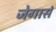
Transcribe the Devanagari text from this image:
जेगार्स